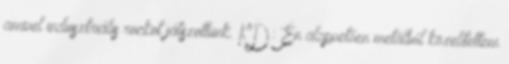
amivel indusztriális rockot játszottunk. KD: Én alapvetően metálból közelítettem